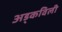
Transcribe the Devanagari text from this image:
अड्कविली